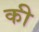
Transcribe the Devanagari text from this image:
की